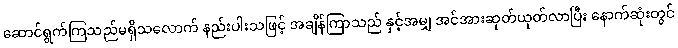
ဆောင်ရွက်ကြသည်မရှိသလောက် နည်းပါးသဖြင့် အချိန်ကြာသည် နှင့်အမျှ အင်အားဆုတ်ယုတ်လာပြီး နောက်ဆုံးတွင်